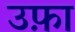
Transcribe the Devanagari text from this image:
उफ़ा